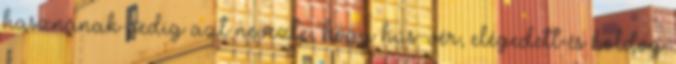
hasznának pedig azt nevezte, hogy hús-vér, elégedett és boldog